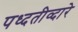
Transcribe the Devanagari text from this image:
पध्दतीव्दारे